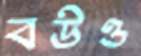
বউও